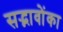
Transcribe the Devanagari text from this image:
सद्भावोंका